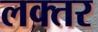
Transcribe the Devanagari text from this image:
लक्तर